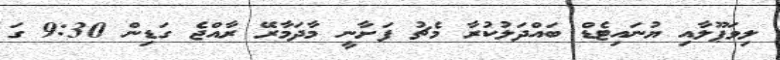
ލިވަޕޫލާއި ޔުނައިޓެޑް ބައްދަލުކުރާ މެޗު ފަށާނީ މާދަމާރޭ ރާއްޖެ ގަޑިން 9:30 ގަ